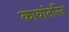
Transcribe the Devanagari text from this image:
कावांतरित